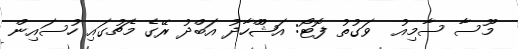
މޫސާ ސާމިއު  ވަގުތު ފޮޓޯ: އަޝްްހާދު އަބްދު ރޭގެ މެޗުގައި ހުސައިން